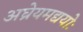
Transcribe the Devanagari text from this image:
अघ्रेयमद्ययोः